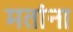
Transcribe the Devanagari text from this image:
मतांना